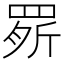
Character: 𦋒